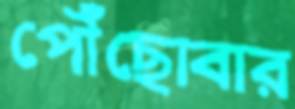
পৌঁছোবার